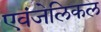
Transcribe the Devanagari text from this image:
एवंजेलिकल